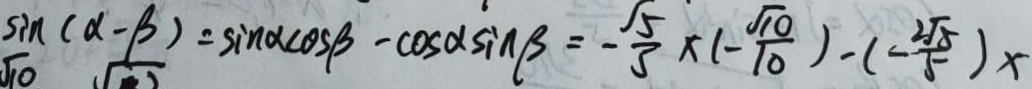
\sin ( \alpha - \beta ) = \sin \alpha \cos \beta - \cos \alpha \sin \beta = - \frac { \sqrt { 5 } } { 5 } \times ( - \frac { \sqrt { 1 0 } } { 1 0 } ) - ( - \frac { 2 \sqrt { 5 } } { 5 } ) x